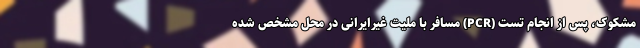
مشکوک، پس از انجام تست (PCR) مسافر با ملیت غیرایرانی در محل مشخص شده